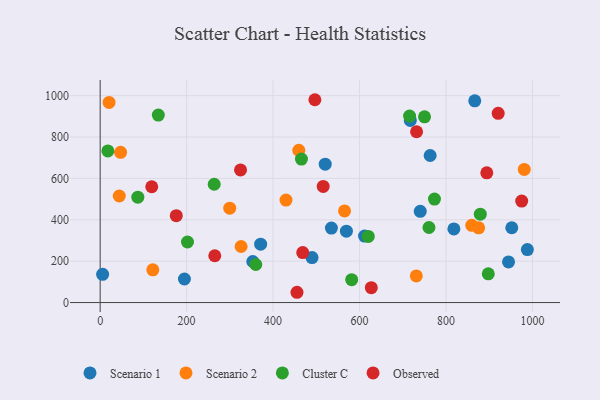
{"axis": {"x": "Investment", "y": "Demand"}, "legend": ["Cluster C", "Observed", "Scenario 1", "Scenario 2"], "data": [{"x": "371.2", "y": 282.1, "type": "Scenario 1"}, {"x": "5.7", "y": 136.4, "type": "Scenario 1"}, {"x": "520.6", "y": 668.5, "type": "Scenario 1"}, {"x": "717.4", "y": 880.0, "type": "Scenario 1"}, {"x": "952.1", "y": 361.4, "type": "Scenario 1"}, {"x": "490.1", "y": 217.5, "type": "Scenario 1"}, {"x": "763.3", "y": 710.6, "type": "Scenario 1"}, {"x": "988.2", "y": 256.1, "type": "Scenario 1"}, {"x": "194.9", "y": 113.8, "type": "Scenario 1"}, {"x": "740.4", "y": 440.8, "type": "Scenario 1"}, {"x": "818.2", "y": 355.6, "type": "Scenario 1"}, {"x": "534.9", "y": 359.9, "type": "Scenario 1"}, {"x": "866.5", "y": 975.0, "type": "Scenario 1"}, {"x": "944.6", "y": 196.5, "type": "Scenario 1"}, {"x": "611.6", "y": 321.3, "type": "Scenario 1"}, {"x": "353.0", "y": 198.5, "type": "Scenario 1"}, {"x": "569.6", "y": 344.7, "type": "Scenario 1"}, {"x": "20.6", "y": 966.9, "type": "Scenario 2"}, {"x": "459.5", "y": 735.8, "type": "Scenario 2"}, {"x": "859.6", "y": 373.4, "type": "Scenario 2"}, {"x": "731.3", "y": 128.9, "type": "Scenario 2"}, {"x": "299.7", "y": 456.0, "type": "Scenario 2"}, {"x": "44.2", "y": 514.9, "type": "Scenario 2"}, {"x": "429.9", "y": 495.3, "type": "Scenario 2"}, {"x": "875.5", "y": 361.1, "type": "Scenario 2"}, {"x": "47.2", "y": 725.9, "type": "Scenario 2"}, {"x": "981.0", "y": 643.1, "type": "Scenario 2"}, {"x": "326.0", "y": 270.9, "type": "Scenario 2"}, {"x": "565.3", "y": 442.8, "type": "Scenario 2"}, {"x": "121.8", "y": 158.1, "type": "Scenario 2"}, {"x": "263.8", "y": 571.6, "type": "Cluster C"}, {"x": "760.6", "y": 362.6, "type": "Cluster C"}, {"x": "581.8", "y": 110.4, "type": "Cluster C"}, {"x": "620.2", "y": 319.5, "type": "Cluster C"}, {"x": "202.0", "y": 292.6, "type": "Cluster C"}, {"x": "134.5", "y": 906.1, "type": "Cluster C"}, {"x": "773.3", "y": 499.9, "type": "Cluster C"}, {"x": "465.6", "y": 693.3, "type": "Cluster C"}, {"x": "17.8", "y": 732.5, "type": "Cluster C"}, {"x": "750.3", "y": 897.7, "type": "Cluster C"}, {"x": "360.0", "y": 184.0, "type": "Cluster C"}, {"x": "879.3", "y": 427.1, "type": "Cluster C"}, {"x": "87.1", "y": 509.3, "type": "Cluster C"}, {"x": "897.8", "y": 139.0, "type": "Cluster C"}, {"x": "715.7", "y": 901.1, "type": "Cluster C"}, {"x": "455.3", "y": 49.7, "type": "Observed"}, {"x": "894.3", "y": 626.8, "type": "Observed"}, {"x": "920.7", "y": 914.3, "type": "Observed"}, {"x": "515.9", "y": 561.4, "type": "Observed"}, {"x": "496.7", "y": 980.1, "type": "Observed"}, {"x": "731.9", "y": 825.3, "type": "Observed"}, {"x": "265.1", "y": 226.3, "type": "Observed"}, {"x": "324.7", "y": 640.8, "type": "Observed"}, {"x": "468.6", "y": 241.3, "type": "Observed"}, {"x": "627.2", "y": 71.8, "type": "Observed"}, {"x": "176.1", "y": 419.8, "type": "Observed"}, {"x": "119.3", "y": 559.7, "type": "Observed"}, {"x": "975.1", "y": 490.3, "type": "Observed"}]}